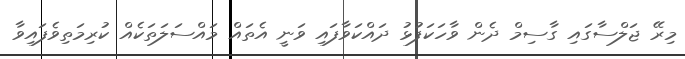
މިރޭ ޖަލްސާގައި ގާސިމް ދެން ވާހަކަފުޅު ދައްކަވާފައި ވަނީ އެތައް މައްސަލަތަކެއް ކުރިމަތިވެފައިވާ